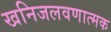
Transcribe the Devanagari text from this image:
खनिजलवणात्मक